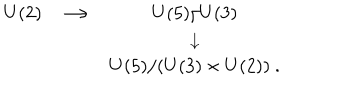
\begin{matrix} { { U ( 2 ) } } & { { \longrightarrow } } & { { U ( 5 ) / U ( 3 ) } } \\ { { } } & { { } } & { { \downarrow } } \\ { { } } & { { } } & { { U ( 5 ) / ( U ( 3 ) \times U ( 2 ) ) \ . } } \\ \end{matrix}